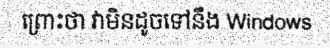
ព្រោះថា វាមិនដូចទៅនឹង Windows